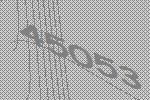
45053